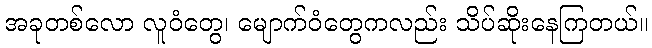
အခုတစ်လော လူဝံတွေ၊ မျောက်ဝံတွေကလည်း သိပ်ဆိုးနေကြတယ်။